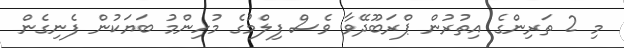
މި 2 ތަރިންގެ އިތުރުން ޕްރަބޫދޭވާ ވެސް ފިލްމުގެ މުހިންމު ބަޔަކުން ފެނިގެން